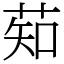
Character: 䓡